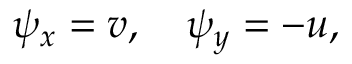
\psi _ { x } = v , \quad \psi _ { y } = - u ,